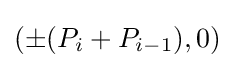
(\pm (P_{i}+P_{i-1}),0)